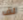
لف